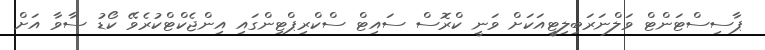
ޕާސިސްޓަންޓް ވަލްނަރަބިލިޓީއަކަށް ވަނީ ކްރޮސް ސައިޓް ސްކްރިޕްޓިންގައި އިންޖެކްޓްކުރެވޭ ކޯޑު ސާވާ އަށް